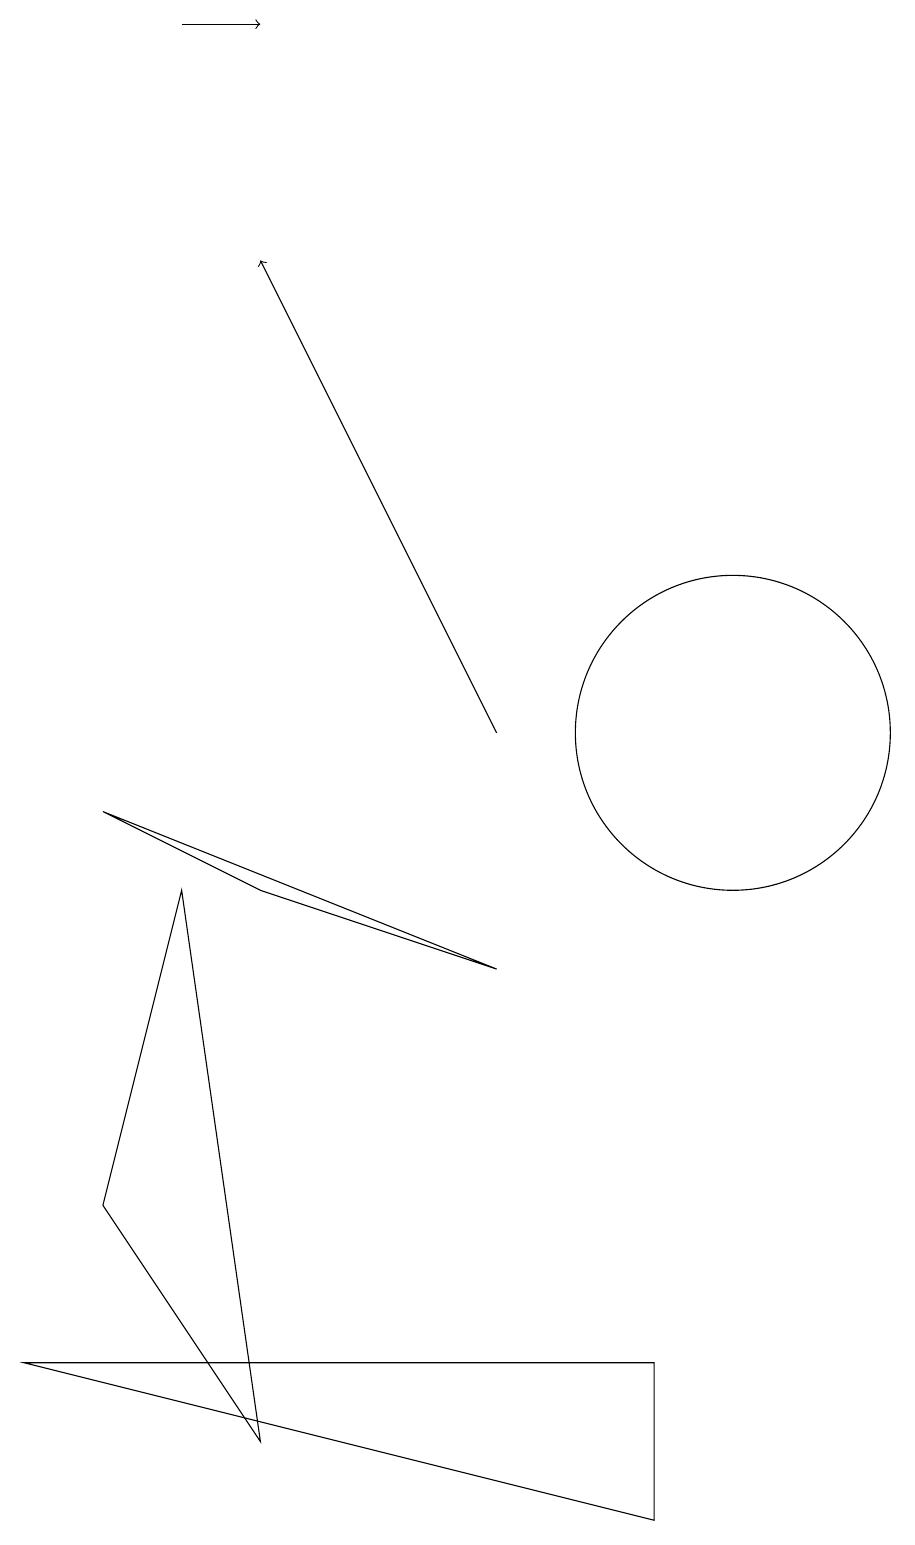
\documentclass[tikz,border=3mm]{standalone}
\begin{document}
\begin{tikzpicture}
\draw[->] (3,19) -- (4,19);
\draw (9,0) -- (9,2) -- (1,2) -- cycle;
\draw (2,9) -- (4,8) -- (7,7) -- cycle;
\draw[->] (7,10) -- (4,16);
\draw (10,10) circle (2);
\draw (2,4) -- (4,1) -- (3,8) -- cycle;
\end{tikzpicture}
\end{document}